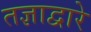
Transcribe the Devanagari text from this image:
तज्ञाद्वारे